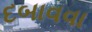
દબાવવા